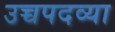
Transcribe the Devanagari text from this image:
उच्चपदव्या